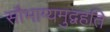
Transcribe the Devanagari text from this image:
सौभाग्यमुद्वहति